Report on vaccination in the Province of Bengal - 1869-1873
Year: 1869
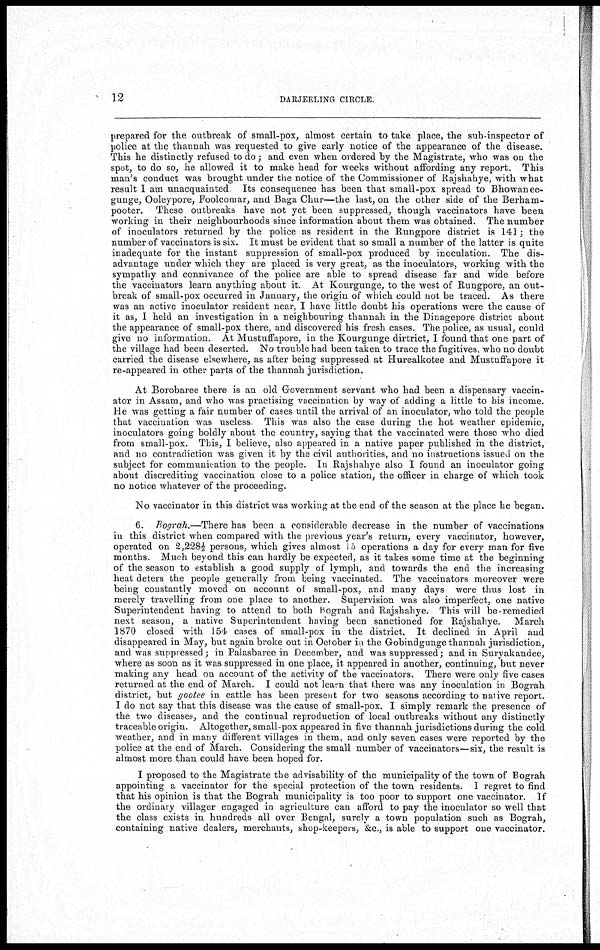
12
DARJEELING CIRCLE.
prepared for the outbreak of small-pox, almost certain to take place, the sub-inspector of
police at the thannah was requested to give early notice of the appearance of the disease.
This he distinctly refused to do; and even when ordered by the Magistrate, who was on the
spot, to do so, he allowed it to make head for weeks without affording any report. This
man's conduct was brought under the notice of the Commissioner of Rajshahye, with what
result I am unacquainted Its consequence has been that small-pox spread to Bhowanee-
gunge, Ooleypore, Foolcomar, and Baga Chur—the last, on the other side of the Berham-
pooter. These outbreaks have not yet been suppressed, though vaccinators have been
working in their neighbourhoods since information about them was obtained. The number
of inoculators returned by the police as resident in the Rungpore district is 141; the
number of vaccinators is six. It must be evident that so small a number of the latter is quite
inadequate for the instant suppression of small-pox produced by inoculation. The dis-
advantage under which they are placed is very great, as the inoculators, working with the
sympathy and connivance of the police are able to spread disease far and wide before
the vaccinators learn anything about it. At Kourgunge, to the west of Rungpore, an out-
break of small-pox occurred in January, the origin of which could not be traced. As there
was an active inoculator resident near, I have little doubt his operations were the cause of
it as, I held an investigation in a neighbouring thannah in the Dinagepore district about
the appearance of small-pox there, and discovered his fresh cases. The police, as usual, could
give no information. At Mustuffapore, in the Kourgunge dirtrict, I found that one part of
the village had been deserted. No trouble had been taken to trace the fugitives, who no doubt
carried the disease elsewhere, as after being suppressed at Hurealkotee and Mustuffapore it
re-appeared in other parts of the thannah jurisdiction.
At Borobaree there is an old Government servant who had been a dispensary vaccin-
ator in Assam, and who was practising vaccination by way of adding a little to his income.
He was getting a fair number of cases until the arrival of an inoculator, who told the people
that vaccination was useless This was also the case during the hot weather epidemic,
inoculators going boldly about the country, saying that the vaccinated were those who died
from small-pox. This, I believe, also appeared in a native paper published in the district,
and no contradiction was given it by the civil authorities, and no instructions issued on the
subject for communication to the people. In Rajshahye also I found an inoculator going
about discrediting vaccination close to a police station, the officer in charge of which took
no notice whatever of the proceeding.
No vaccinator in this district was working at the end of the season at the place he began.
6. Bograh.—There has been a considerable decrease in the number of vaccinations
in this district when compared with the previous year's return, every vaccinator, however,
operated on 2,2281/3 persons, which gives almost 15 operations a day for every man for five
months. Much beyond this can hardly be expected, as it takes some time at the beginning
of the season to establish a good supply of lymph, and towards the end the increasing
heat deters the people generally from being vaccinated. The vaccinators moreover were
being constantly moved on account of small-pox, and many days were thus lost in
merely travelling from one place to another. Supervision was also imperfect, one native
Superintendent having to attend to both Bograh and Rajshahye. This will be-remedied
next season, a native Superintendent having been sanctioned for Rajshahye.
March
1870 closed with 154 cases of small-pox in the district. It declined in April and
disappeared in May, but again broke out in October in the Gobindgunge thannah jurisdiction,
and was suppressed; in Palasbaree in December, and was suppressed; and in Suryakandee,
where as soon as it was suppressed in one place, it appeared in another, continuing, but never
making any head on account of the activity of the vaccinators. There were only five cases
returned at the end of March. I could not learn that there was any inoculation in Bograh
district, but gootee in cattle has been present for two seasons according to native report.
I do not say that this disease was the cause of small-pox. I simply remark the presence of
the two diseases, and the continual reproduction of local outbreaks without any distinctly
traceable origin. Altogether, small-pox appeared in five thannah jurisdictions during the cold
weather, and in many different villages in them, and only seven cases were reported by the
police at the end of March. Considering the small number of vaccinators—six, the result is
almost more than could have been hoped for.
I proposed to the Magistrate the advisability of the municipality of the town of Bograh
appointing a vaccinator for the special protection of the town residents. I regret to find
that his opinion is that the Bograh municipality is too poor to support one vaccinator. If
the ordinary villager engaged in agriculture can afford to pay the inoculator so well that
the class exists in hundreds all over Bengal, surely a town population such as Bograh,
containing native dealers, merchants, shop-keepers, &c., is able to support one vaccinator.